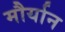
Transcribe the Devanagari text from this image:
मौर्यान